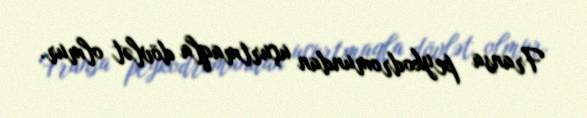
Fransa peykodromundan uçurtmaqla dövlət olmur.